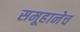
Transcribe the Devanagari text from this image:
समूहानेच